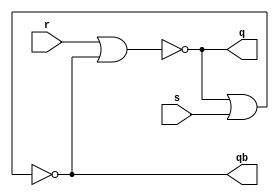
// Critical path delay = 6ns
module sr_latch(r, s, q, qb);
   input r;
   input s;
   output q;
   output qb;
   nor #(2) nor0(q, r, qb);
   nor #(2) nor1(qb, q, s);
endmodule // sr_latch